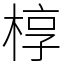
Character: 椁